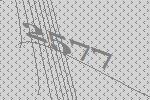
2577